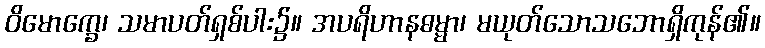
ဝိမောက္ခေ၊ သမာပတ်ရှစ်ပါး၌။ အပရိဟာနဓမ္မာ၊ မယုတ်သောသဘောရှိကုန်၏။